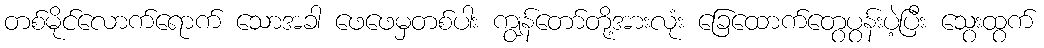
တစ်မိုင်လောက်ရောက် သောအခါ ဖေဖေမှတစ်ပါး ကျွန်တော်တို့အားလုံး ခြေထောက်တွေပွန်းပဲ့ပြီး သွေးထွက်